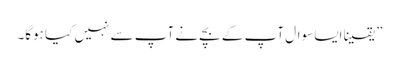
” یقینا ایسا سوال آپ کے بچے نے آپ سے نہیں کیا ہوگا۔